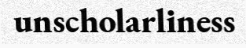
unscholarliness